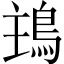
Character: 𩿢